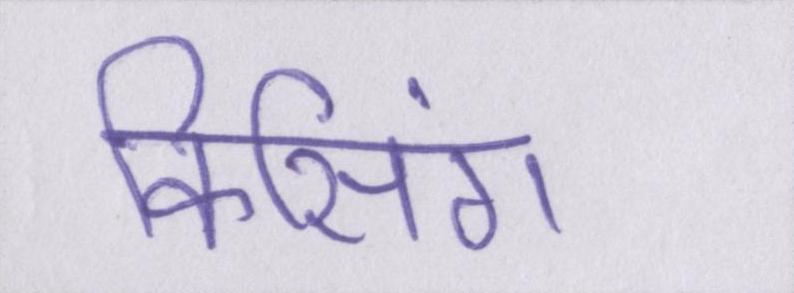
किसिंग